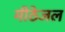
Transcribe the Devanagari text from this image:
मीठेजल